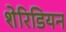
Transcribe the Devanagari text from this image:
शेरिडियन